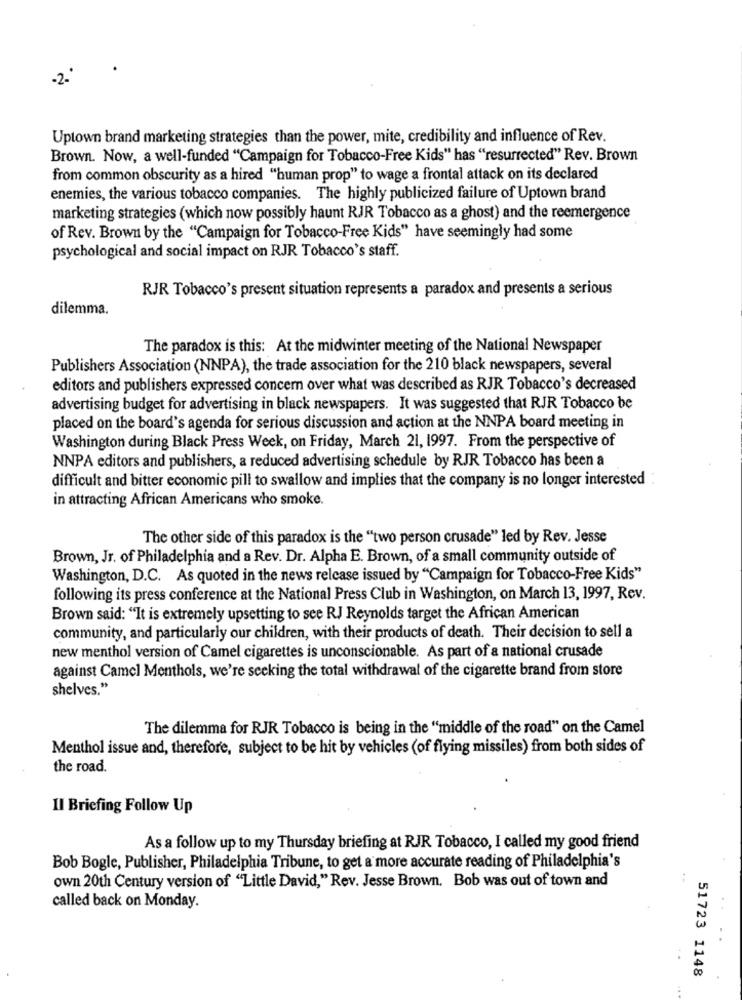
-2-
Uptown brand marketing strategies than the power, mite, credibility and influence of Rev.
Brown. Now, a well-funded "Campaign for Tobacco-Free Kids" has "resurrected" Rev. Brown
from common obscurity as a hired "human prop" to wage a frontal attack on its declared
enemies, the various tobacco companies. The highly publicized failure of Uptown brand
marketing strategies (which now possibly haunt RJR Tobacco as a ghost) and the reemergence
of Rev. Brown by the "Campaign for Tobacco-Free Kids" have seemingly had some
psychological and social impact on RJR Tobacco's staff.
RJR Tobacco's present situation represents a paradox and presents a serious
dilemma.
The paradox is this: At the midwinter meeting of the National Newspaper
Publishers Association (NNPA), the trade association for the 210 black newspapers, several
editors and publishers expressed concern over what was described as RJR Tobacco's decreased
advertising budget for advertising in black newspapers. It was suggested that RJR Tobacco be
placed on the board's agenda for serious discussion and action at the NNPA board meeting in
Washington during Black Press Week, on Friday, March 21, 1997. From the perspective of
NNPA editors and publishers, a reduced advertising schedule by RJR Tobacco has been a
difficult and bitter economic pill to swallow and implies that the company is no longer interested
in attracting African Americans who smoke.
The other side of this paradox is the "two person crusade" led by Rev. Jesse
Brown, Jr. of Philadelphia and a Rev. Dr. Alpha E. Brown, of a small community outside of
Washington, D.C. As quoted in the news release issued by "Campaign for Tobacco-Free Kids"
following its press conference at the National Press Club in Washington, on March 13, 1997, Rev.
Brown said: "It is extremely upsetting to see RJ Reynolds target the African American
community, and particularly our children, with their products of death. Their decision to sell a
new menthol version of Camel cigarettes is unconscionable. As part of a national crusade
against Camel Menthols, we're seeking the total withdrawal of the cigarette brand from store
shelves."
The dilemma for RJR Tobacco is being in the "middle of the road" on the Camel
Menthol issue and, therefore, subject to be hit by vehicles (of flying missiles) from both sides of
the road.
Il Briefing Follow Up
As a follow up to my Thursday briefing at RJR Tobacco, I called my good friend
Bob Bogle, Publisher, Philadelphia Tribune, to get a more accurate reading of Philadelphia's
own 20th Century version of "Little David," Rev. Jesse Brown. Bob was out of town and
called back on Monday.
51723 1148